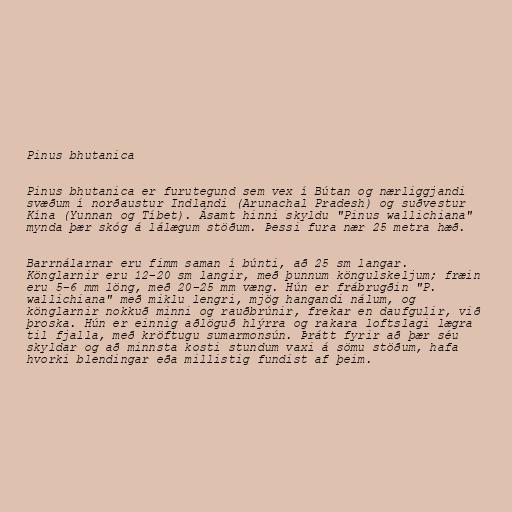
Pinus bhutanica

Pinus bhutanica er furutegund sem vex í Bútan og nærliggjandi
svæðum í norðaustur Indlandi (Arunachal Pradesh) og suðvestur
Kína (Yunnan og Tíbet). Ásamt hinni skyldu "Pinus wallichiana"
mynda þær skóg á lálægum stöðum. Þessi fura nær 25 metra hæð.

Barrnálarnar eru fimm saman í búnti, að 25 sm langar.
Könglarnir eru 12–20 sm langir, með þunnum köngulskeljum; fræin
eru 5–6 mm löng, með 20–25 mm væng. Hún er frábrugðin "P.
wallichiana" með miklu lengri, mjög hangandi nálum, og
könglarnir nokkuð minni og rauðbrúnir, frekar en daufgulir, við
þroska. Hún er einnig aðlöguð hlýrra og rakara loftslagi lægra
til fjalla, með kröftugu sumarmonsún. Þrátt fyrir að þær séu
skyldar og að minnsta kosti stundum vaxi á sömu stöðum, hafa
hvorki blendingar eða millistig fundist af þeim.